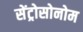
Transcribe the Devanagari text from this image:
सेंट्रोसोनोम